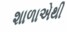
શાળાએથી